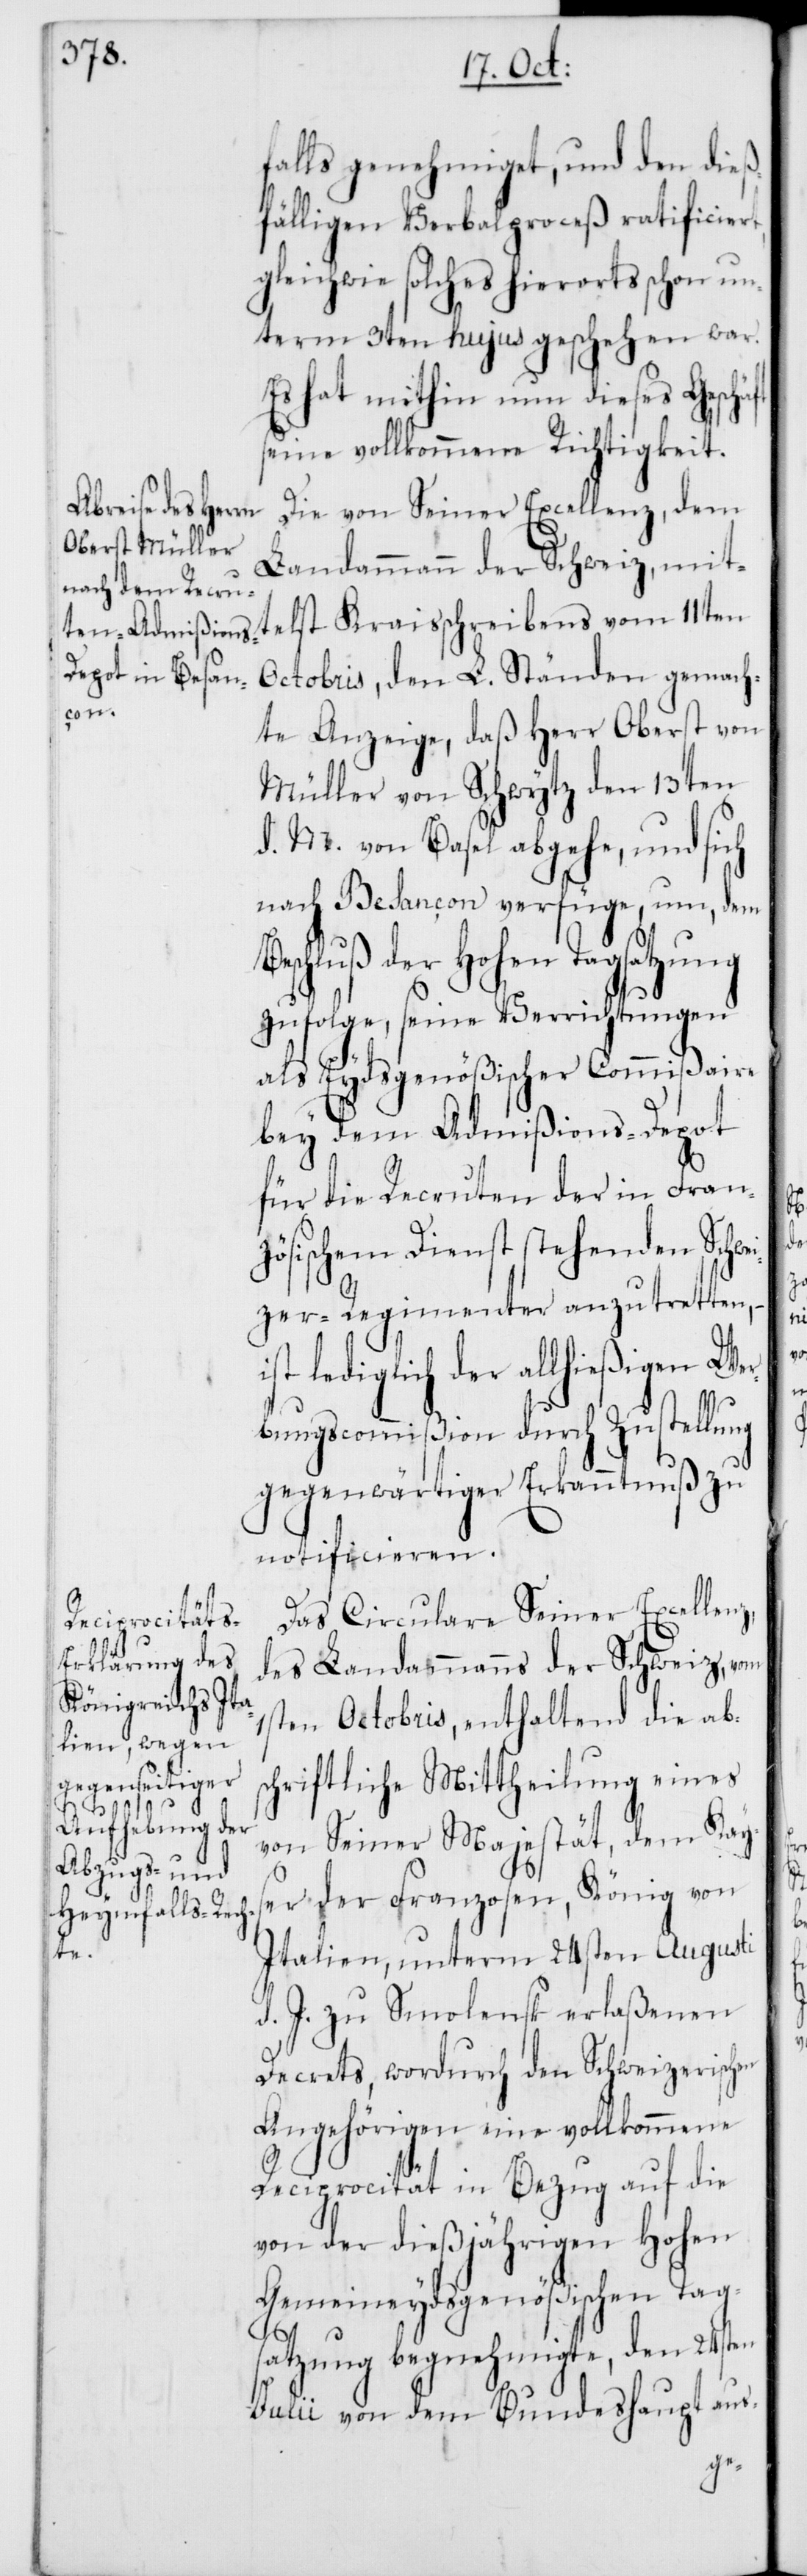
Be¬

falls genehmiget, und den dieß¬
fälligen Verbalprozeß ratificiert,
gleichwie solches hierorts schon un¬
term 3ten hujus geschehen war.
Es hat mithin nun dieses Geschäft
seine vollkommene Richtigkeit.
Die von Seiner Excellenz, dem
Landammann der Schweiz, mit¬
telst Kraisschreiben vom 11ten
Octobris, den L. Ständen gemach¬
te Anzeige, daß Herr Oberst von
Müller von Schwytz den 13ten
d. M. von Basel abgehe, und sich
nach Besançon verfüge, um, dem
schluß der Hohen Tagsatzung
zufolge, seine Verrichtungen
als Eydsgenößischer Commißaire
bey dem Admißions-Depot
für die Recruten der in Fran¬
zösischem Dienst stehenden Schwe¬
izer Regimenter anzutretten,
ist lediglich der allhießigen Wer¬
bungscommißion durch Zustellung
gegenwärtiger Erkanntnuß zu
notificieren.
Das Circulare Seiner Excellenz,
des Landammanns der Schweiz, vom
1sten Octobris, enthaltend die abs¬
chriftliche Mittheilung eines
von Seiner Majestät, dem Kays¬
er der Franzosen, König von
Italien, unterm 24sten Augusti
d. J. zu Smolensk erlaßenen
Decrets, wordurch den Schweizerischen
Angehörigen eine vollkommene
Reciprocität in Bezug auf die
von der dießjährigen Hohen
Gemeineydsgenößischen Tag¬
satzung begnehmigte, den 24sten
Julii von dem Bundeshaupt aus-